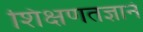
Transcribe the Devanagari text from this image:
शिक्षणतज्ञाने